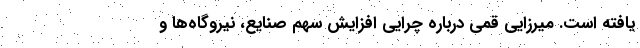
یافته است. میرزایی قمی درباره چرایی افزایش سهم صنایع، نیروگاه‌ها و